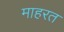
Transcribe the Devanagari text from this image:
माहरत